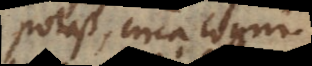
potest, circa cogni